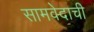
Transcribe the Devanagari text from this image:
सामवेदाची